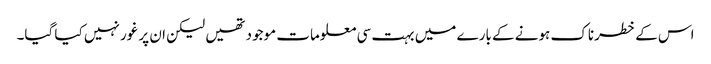
اس کے خطرناک ہونے کے بارے میں بہت سی معلومات موجود تھیں لیکن ان پر غور نہیں کیا گیا۔